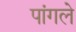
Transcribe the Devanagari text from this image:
पांगले